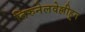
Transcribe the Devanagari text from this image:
तिरुनेलवेल्लीहून